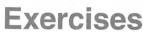
Exercises